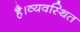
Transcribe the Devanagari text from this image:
है।व्यवस्थित